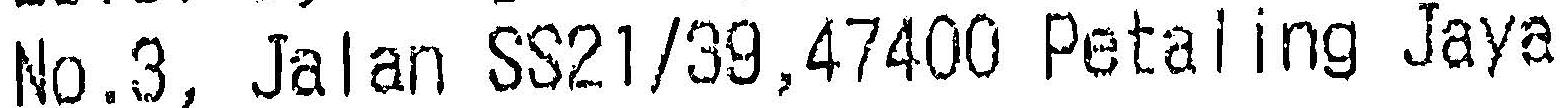
NO.3, JALAN SS21/39,47400 PETALING JAYA